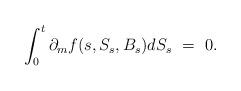
LaTeX: \begin{align*}\int_0^t \partial_m f(s,S_s,B_s) dS_s \ = \ 0.\end{align*}